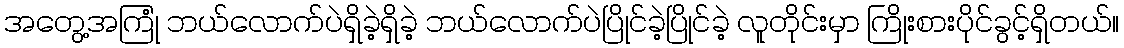
အတွေ့အကြုံ ဘယ်လောက်ပဲရှိခဲ့ရှိခဲ့ ဘယ်လောက်ပဲပြိုင်ခဲ့ပြိုင်ခဲ့ လူတိုင်းမှာ ကြိုးစားပိုင်ခွင့်ရှိတယ်။